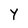
Character: Y